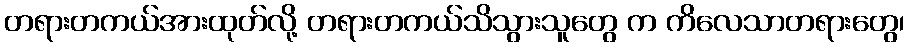
တရားတကယ်အားထုတ်လို့ တရားတကယ်သိသွားသူတွေ က ကိလေသာတရားတွေ၊